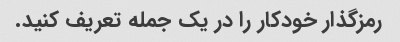
رمزگذار خودکار را در یک جمله تعریف کنید.